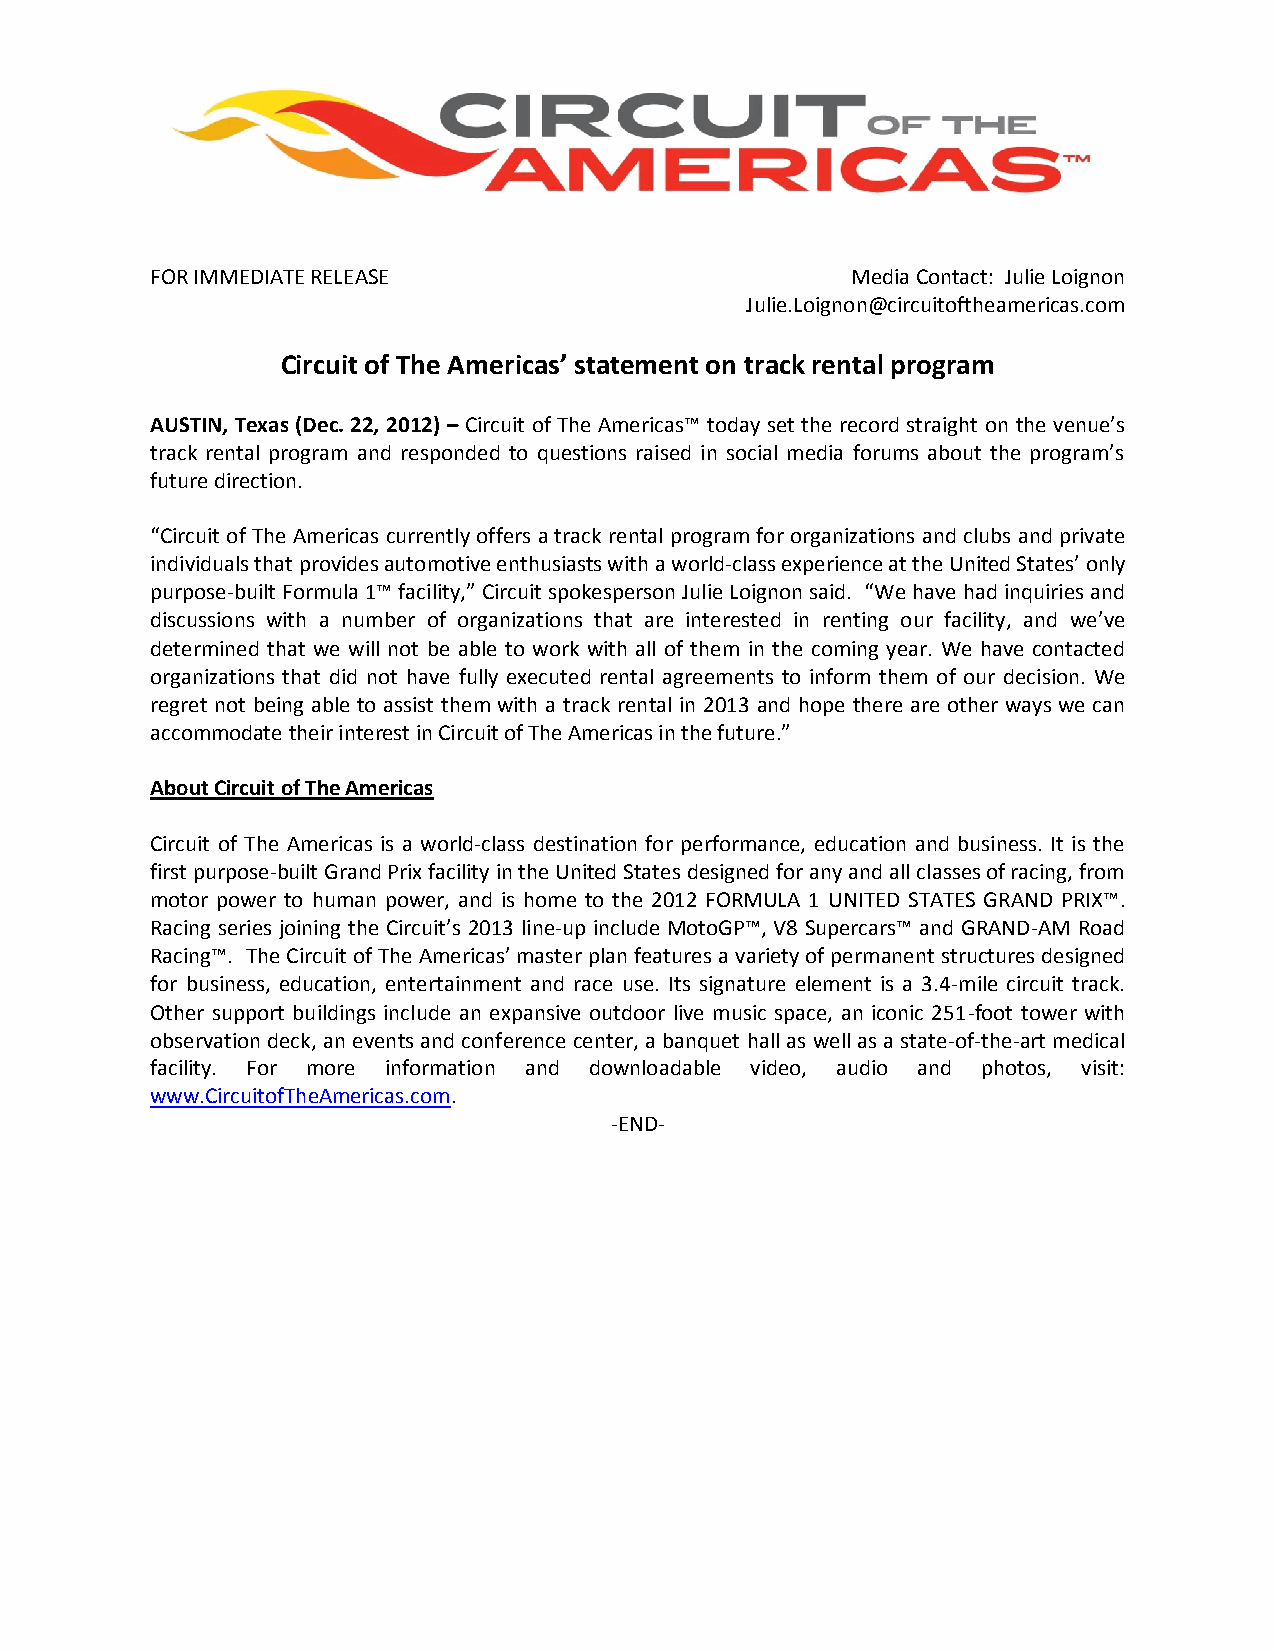
FOR IMMEDIATE RELEASE                         Media Contact: Julie Loignon
 Julie.Loignon@circuitoftheamericas.com
 Circuit of The Americas’ statement on track rental program
 AUSTIN, Texas (Dec. 22, 2012) – Circuit of The Americas™ today set the record straight on the venue’s
 track rental program and responded to questions raised in social media forums about the program’s
 future direction.
 “Circuit of The Americas currently offers a track rental program for organizations and clubs and private
 individuals that provides automotive enthusiasts with a world-class experience at the United States’ only
 purpose-built Formula 1™ facility,” Circuit spokesperson Julie Loignon said. “We have had inquiries and
 discussions with a number of organizations that are interested in renting our facility, and we’ve
 determined that we will not be able to work with all of them in the coming year. We have contacted
 organizations that did not have fully executed rental agreements to inform them of our decision. We
 regret not being able to assist them with a track rental in 2013 and hope there are other ways we can
 accommodate their interest in Circuit of The Americas in the future.”
 About Circuit of The Americas
 Circuit of The Americas is a world-class destination for performance, education and business. It is the
 first purpose-built Grand Prix facility in the United States designed for any and all classes of racing, from
 motor power to human power, and is home to the 2012 FORMULA 1 UNITED STATES GRAND PRIX™.
 Racing series joining the Circuit’s 2013 line-up include MotoGP™, V8 Supercars™ and GRAND-AM Road
 Racing™. The Circuit of The Americas’ master plan features a variety of permanent structures designed
 for business, education, entertainment and race use. Its signature element is a 3.4-mile circuit track.
 Other support buildings include an expansive outdoor live music space, an iconic 251-foot tower with
 observation deck, an events and conference center, a banquet hall as well as a state-of-the-art medical
 facility. For more information and downloadable video, audio and photos, visit:
 www.CircuitofTheAmericas.com.
 -END-